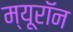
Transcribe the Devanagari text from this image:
म्यूरॉन